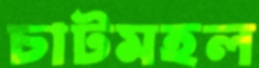
চাটমহল